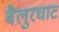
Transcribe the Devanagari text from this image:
बैलुरघाट